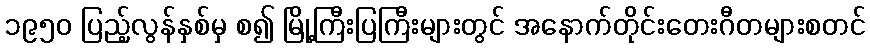
၁၉၅၀ ပြည့်လွန်နှစ်မှ စ၍ မြို့ကြီးပြကြီးများတွင် အနောက်တိုင်းတေးဂီတများစတင်